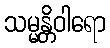
သမ္မန္တိဝါရော